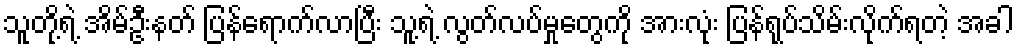
သူတို့ရဲ့ အိမ်ဦးနတ် ပြန်ရောက်လာပြီး သူ့ရဲ့ လွတ်လပ်မှုတွေကို အားလုံး ပြန်ရုပ်သိမ်းလိုက်ရတဲ့ အခါ